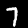
Label: 7